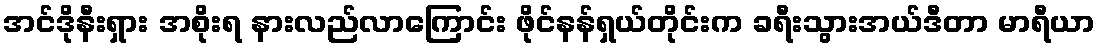
အင်ဒိုနီးရှား အစိုးရ နားလည်လာကြောင်း ဖိုင်နန်ရှယ်တိုင်းက ခရီးသွားအယ်ဒီတာ မာရီယာ